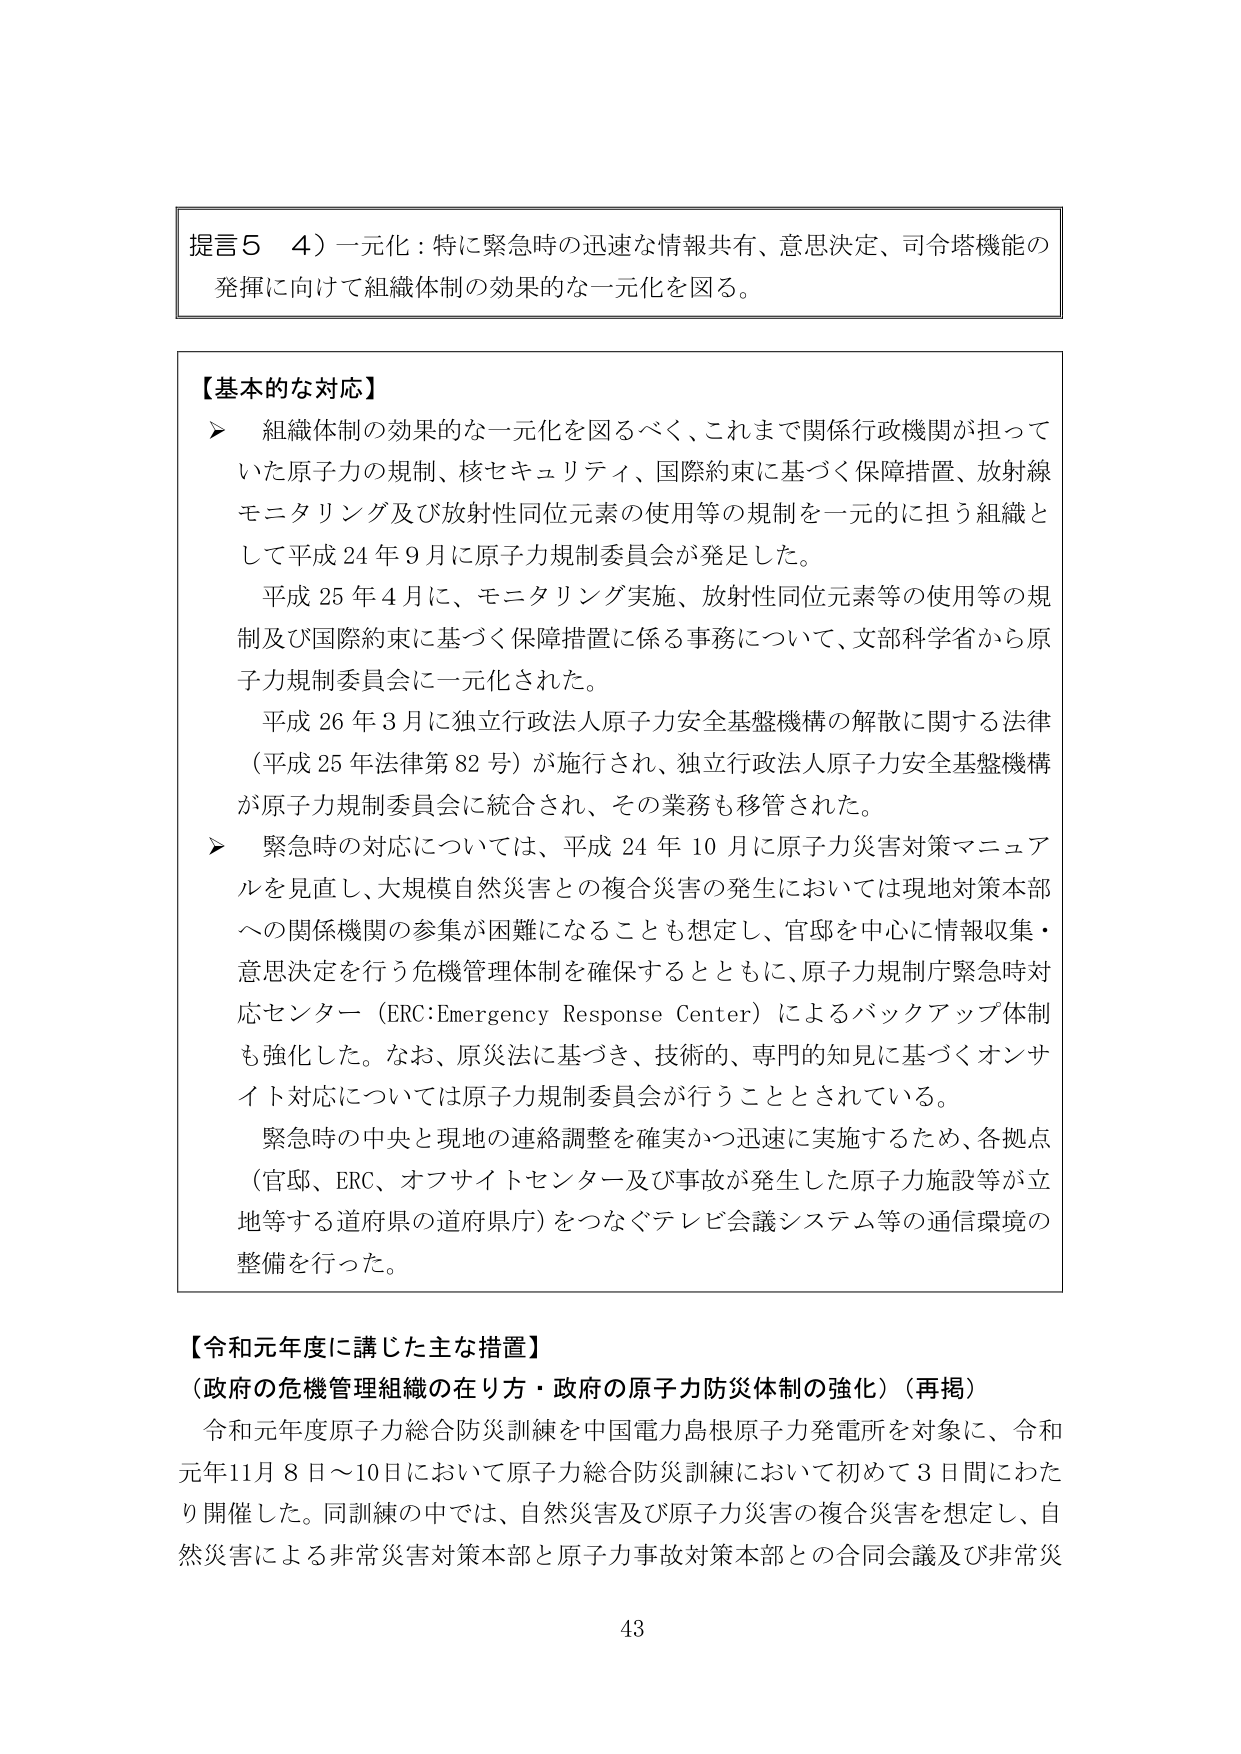
提言５　４）一元化：特に緊急時の迅速な情報共有、意思決定、司令塔機能の
発揮に向けて組織体制の効果的な一元化を図る。

【基本的な対応】
➤　組織体制の効果的な一元化を図るべく、これまで関係行政機関が担って
　いた原子力の規制、核セキュリティ、国際約束に基づく保障措置、放射線
　モニタリング及び放射性同位元素の使用等の規制を一元的に担う組織と
　して平成24年9月に原子力規制委員会が発足した。
　　平成25年4月に、モニタリング実施、放射性同位元素等の使用等の規
　　制及び国際約束に基づく保障措置に係る事務について、文部科学省から原
　　子力規制委員会に一元化された。
　　平成26年3月に独立行政法人原子力安全基盤機構の解散に関する法律
　　（平成25年法律第82号）が施行され、独立行政法人原子力安全基盤機構
　　が原子力規制委員会に統合され、その業務も移管された。
➤　緊急時の対応については、平成24年10月に原子力災害対策マニュア
　　ルを見直し、大規模自然災害との複合災害の発生においては現地対策本部
　　への関係機関の参集が困難になることも想定し、官邸を中心に情報収集・
　　意思決定を行う危機管理体制を確保するとともに、原子力規制庁緊急時対
　　応センター（ERC:Emergency Response Center）によるバックアップ体制
　　も強化した。なお、原災法に基づき、技術的、専門的知見に基づくオンサ
　　イト対応については原子力規制委員会が行うこととされている。
　　緊急時の中央と現地の連絡調整を確実かつ迅速に実施するため、各拠点
　　（官邸、ERC、オフサイトセンター及び事故が発生した原子力施設等が立
　　地等する道府県の道府県庁）をつなぐテレビ会議システム等の通信環境の
　　整備を行った。

【令和元年度に講じた主な措置】
（政府の危機管理組織の在り方・政府の原子力防災体制の強化）（再掲）
　令和元年度原子力総合防災訓練を中国電力島根原子力発電所を対象に、令和
　元年11月8日～10日において原子力総合防災訓練において初めて3日間にわた
　り開催した。同訓練の中では、自然災害及び原子力災害の複合災害を想定し、自
　然災害による非常災害対策本部と原子力事故対策本部との合同会議及び非常災

43